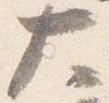
大